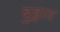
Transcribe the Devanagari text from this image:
बुड्डाव